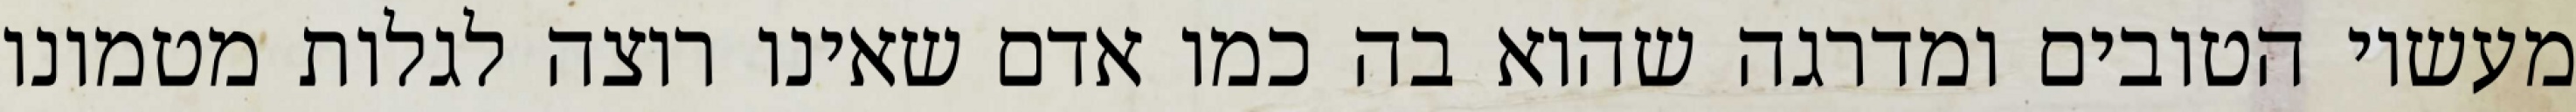
מעשיו הטובים ומדרגה שהוא בה כמו אדם שאינו רוצה לגלות מטמונו